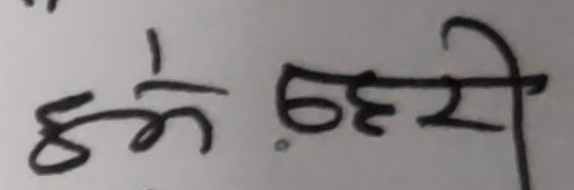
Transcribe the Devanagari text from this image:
णे ठुरी